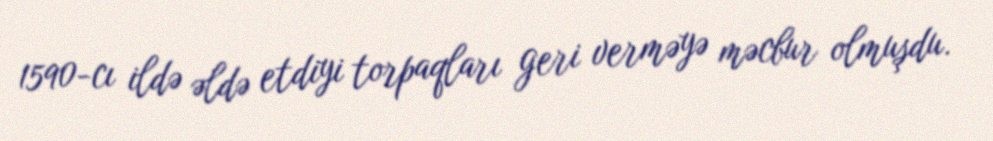
1590-cı ildə əldə etdiyi torpaqları geri verməyə məcbur olmuşdu.